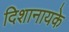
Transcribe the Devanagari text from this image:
दिशानायके